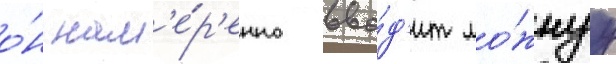
о́н нам'е́р'енно вво́д'ит ло́жнуу